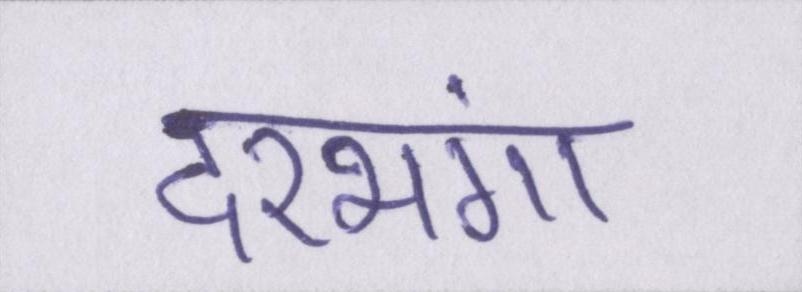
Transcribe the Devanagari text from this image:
दरभंगा